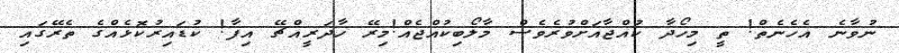
ނުވާނެ އެހެނެތް! ތީ މިހޯދާ ކުއްޖާއަށްވުރެވެސް މާލޯބިކުއްޖެއް!މިރޭ ހާދަރީއްޗޭ އިފާ! ކުޑައިރުކޮޅެއްގެ ތެރޭގައި